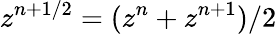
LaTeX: z^{n+1/2}=(z^{n}+z^{n+1})/2